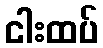
ငါးထပ်